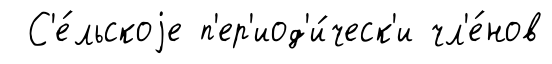
С'е́льскоjе п'ер'иод'и́ческ'и чл'е́нов